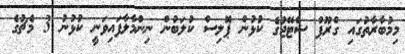
މިމުބާރާތުގައި ގްރޫޕް ސްޓޭޖުގެ ކުޅުން ޕޮލިސް ކުލަބުން ނިންމާލާފައިވަނީ ކުޅުނު 3 މެޗުގެ